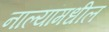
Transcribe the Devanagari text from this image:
नाल्यांमधील